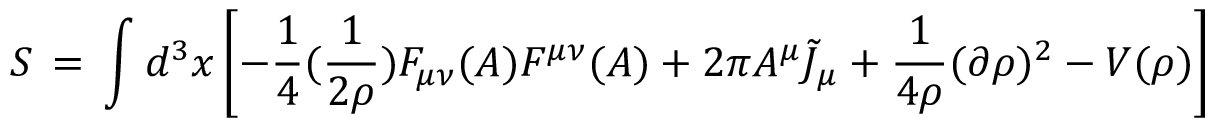
S \, = \, \int d ^ { 3 } x \left[ - \frac { 1 } { 4 } ( \frac { 1 } { 2 \rho } ) F _ { \mu \nu } ( A ) F ^ { \mu \nu } ( A ) + 2 \pi A ^ { \mu } { \tilde { J } } _ { \mu } + \frac { 1 } { 4 \rho } ( \partial \rho ) ^ { 2 } - V ( \rho ) \right]